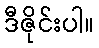
ဒီဇိုင်းပါ။